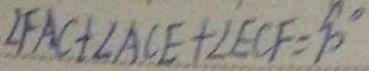
\angle F A C + \angle A C E + \angle E C F = 9 0 ^ { \circ }